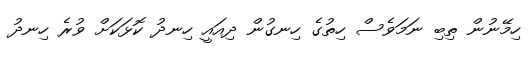
ހިމޭނުން ތިބި ނަމަވެސް ހިތުގެ ހިނގުން ދިއައީ ހިނދު ކޮޅަކަށް ވުރެ ހިނދު